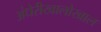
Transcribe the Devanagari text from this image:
अंधेरीखालोखाल